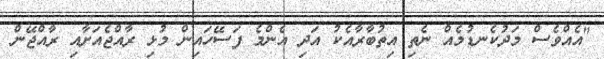
"އެއްވެސް މަދުކެނޑުމެއް ނެތި އިތުބާރާއެކު އަދި އެންމެ ފަސޭހައިން މުޅި ރާއްޖެއަށާއި ރާއްޖޭން